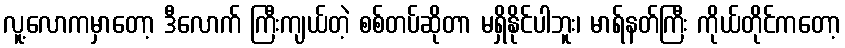
လူ့လောကမှာတော့ ဒီလောက် ကြီးကျယ်တဲ့ စစ်တပ်ဆိုတာ မရှိနိုင်ပါဘူး၊ မာရ်နတ်ကြီး ကိုယ်တိုင်ကတော့